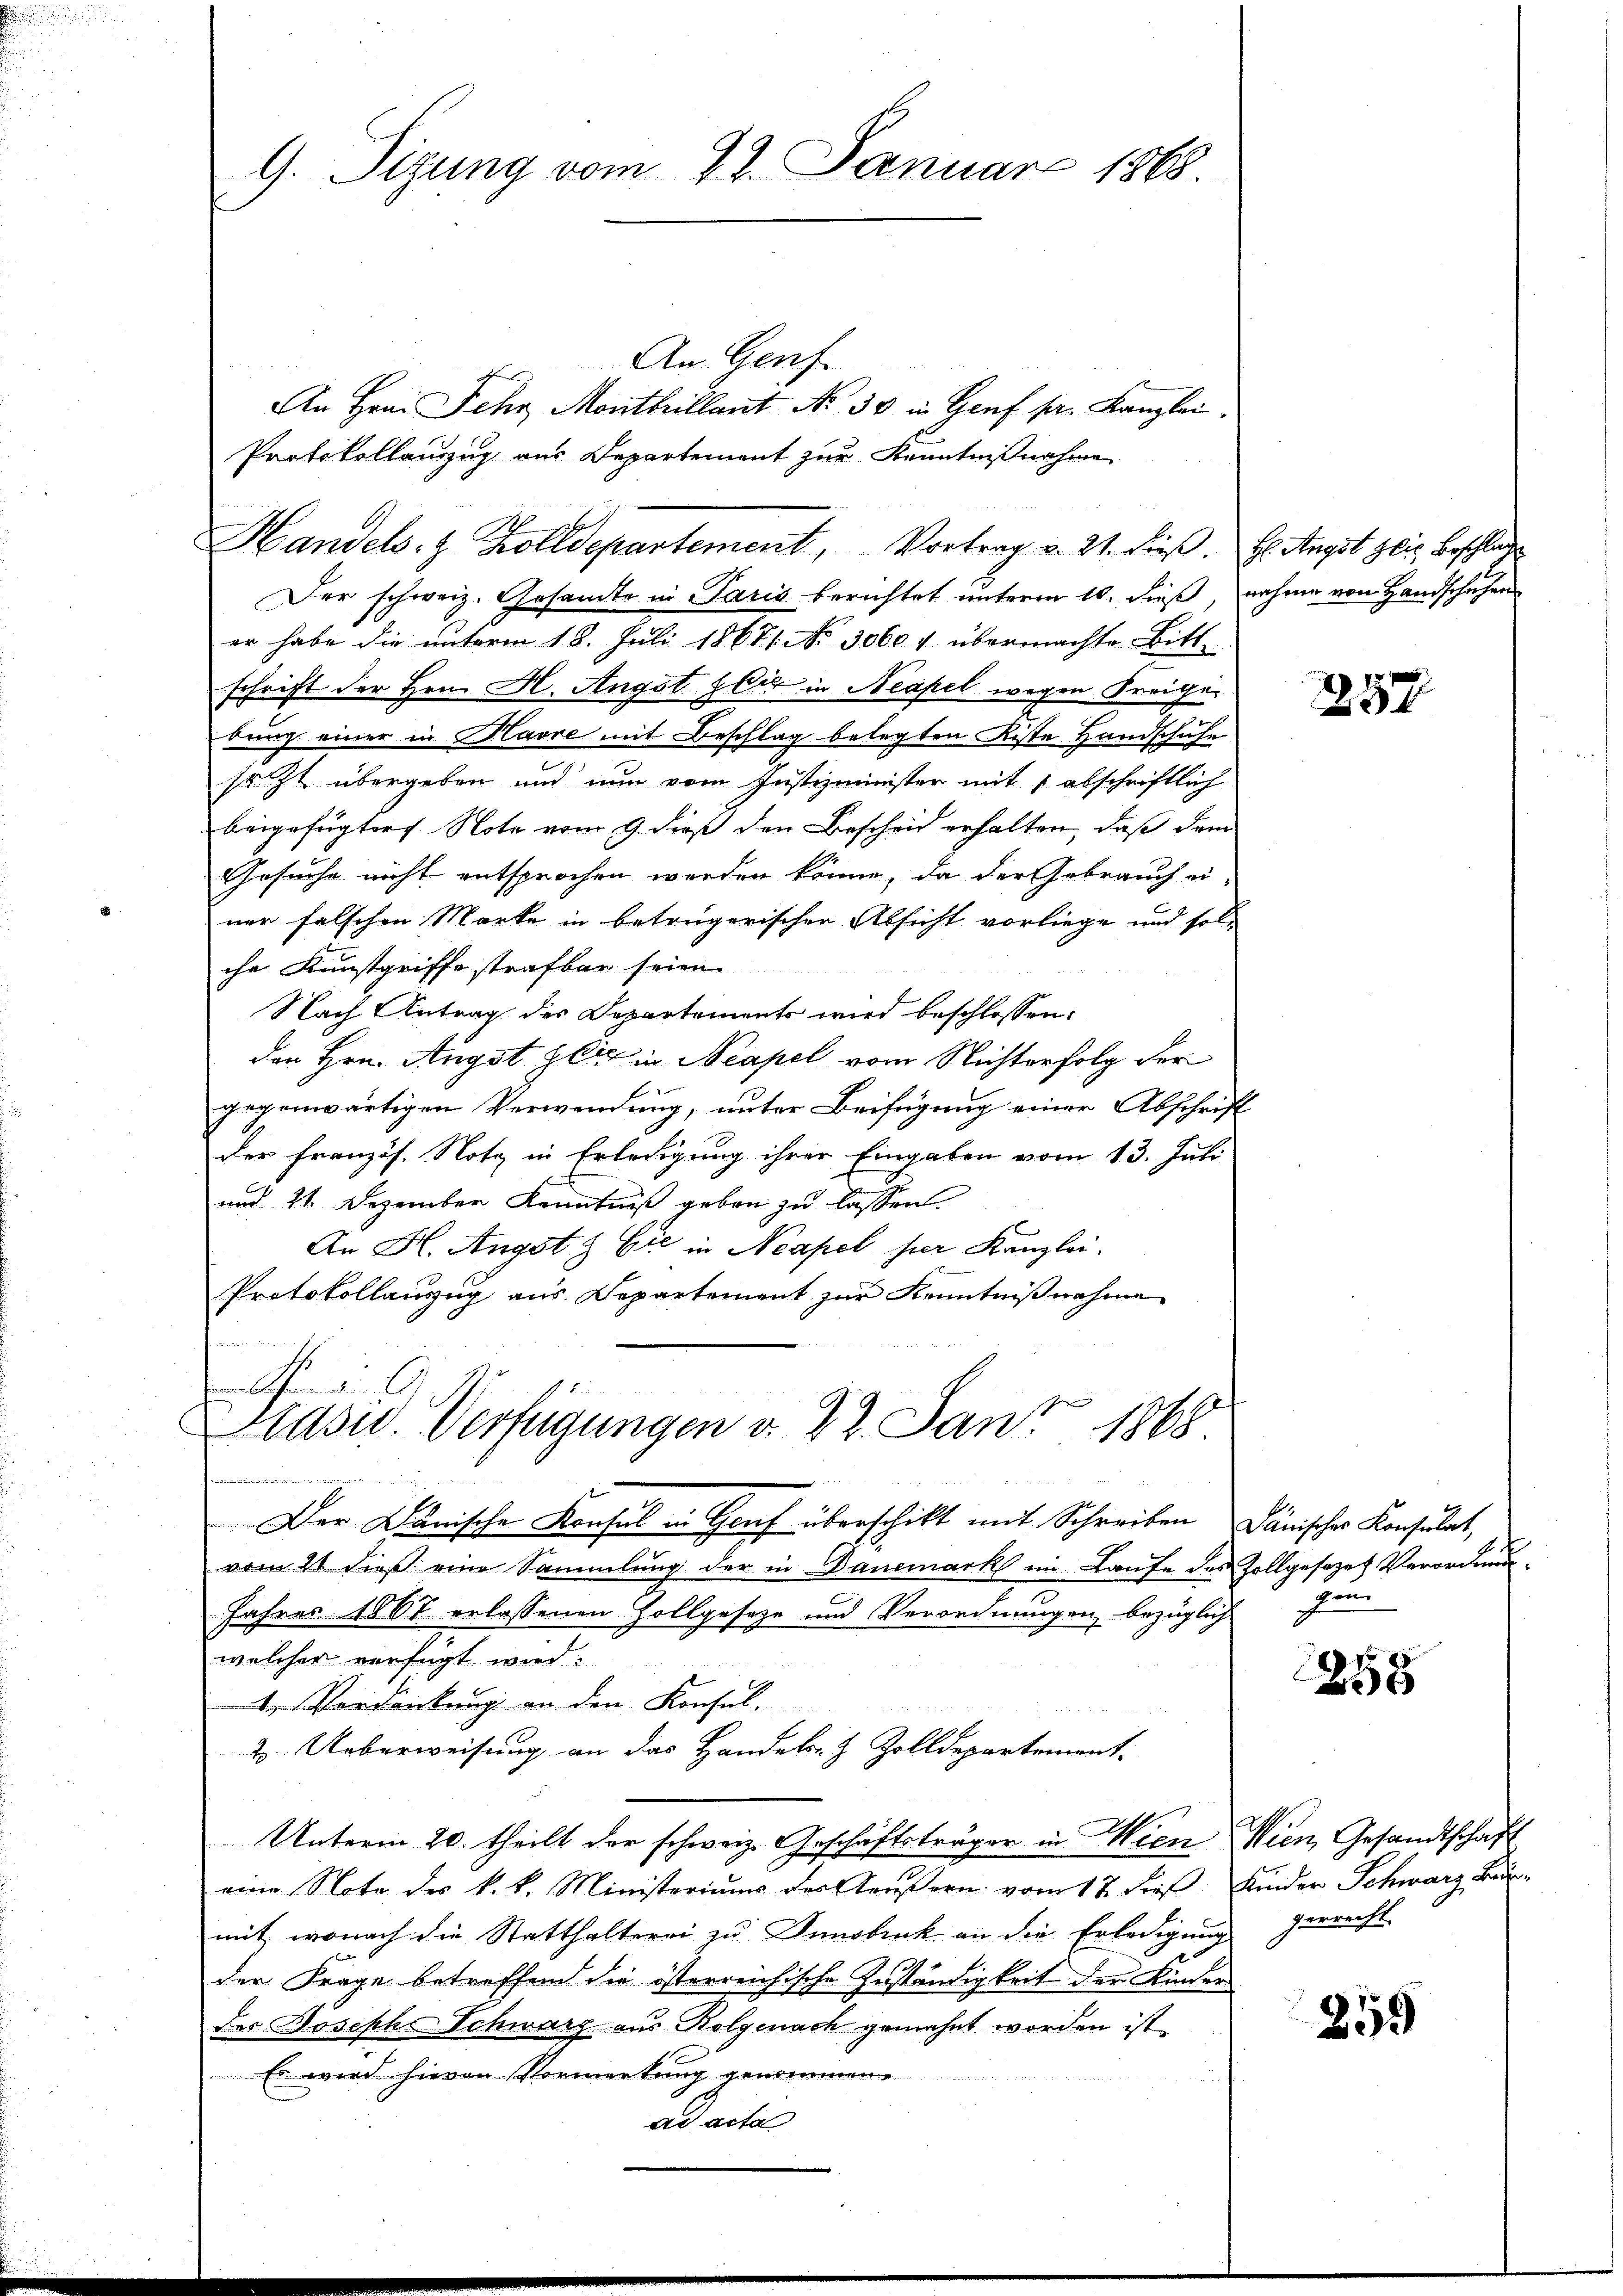
G. Sizung vom 27. Januar 1868

An Genf
Der schweiz. Gesamte in Paris berichtet unterm 10. dieß, nahme von Handschafen
er habe die unterm 18. Juli 18671. No. 3060 v übermachte Bitt-
schrift der Hrn. H. Angst zeit in Neapel wegen Freige
bung einer in Havre mit Beschlag belegten Kiste Handschufe
sr. Zt. übergeben und nun vom Justizminister mit 1 abschriftlich
beigefügter Note vom 9. dieß den Bescheid erhalten, daß dem
Gesuche nicht entsprochen werden könne, da der Gebrauch ei-
ner falschen Marke in betrügerischer Absicht vorliege und solche Kunstgriffe strafbar seien.
Nach Antrag des Departements wird beschlossen:
den Hrn. Angst gli in Neapel vom Nichterfolg der
gegenwärtigen Verwendung, unter Beifügung einer Abschrift
der Französ. Notz in Erledigung ihrer Eingaben vom 13. Juli
und 21. Dezember Kenntniß geben zu lassen.
An H. Angst & Cie in Neapel her Kanzlei.
Protokollauszug aus Departement zur Kenntnißnahme

.
Präsid. Verfügungen v. 22. Jan. 1868.
meier
Der Dänische Konsul in Genf überschikt mit Schreiben Dänischer Konsulat,
vom 21 dieß eine Sammlung der in Danemark im Laufe des Zollgesezes Verordnung
Jahres 1861 erlassenen Zollgeseze und Verordnungen bezüglich
welcher verfügt wird:
1 Verdankung an den Konsul-
2. Ueberweisung an das Handels- & Zolldepartement.
Unterm 20. theilt der schweiz. Geschäftsträger in Wien Wien Gesandtschaft
eine Note des k. k. Ministeriums der Aeußern vom 17. dieß, Kinder Schwarz Bar-
mit, wonach die Statthalterei zu Innsbruck an die Erledigung zerrecht
der Frage betreffend die österreichische Zuständigkeit der Kinder
des Joseph Schwarz aus Bolgenach gemahnt worden ist
 Es wird hievon Vormerkung genommene
ad acta

schens
An Hrn. Jehr Montbrillant Nr. 30 in Genf pr. Kanzlei.
Protokollauszug aus Departement zur Kenntnißnahme
Handels- & Zolldepartement, Vortrag v. 21. dieβ.

H: Angst zeig Beschlag

57

pen

258

259